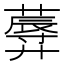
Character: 𱾤